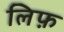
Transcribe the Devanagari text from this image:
लिफ़